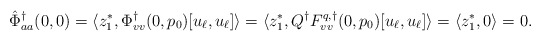
\begin{align*}\hat \Phi^\dagger_{aa}(0,0) &= \langle z_1^*, \Phi^\dagger_{vv}(0,p_0)[u_\ell,u_\ell]\rangle = \langle z_1^*, Q^\dagger F^{q,\dagger}_{vv}(0, p_0)[u_\ell,u_\ell]\rangle = \langle z_1^*, 0\rangle = 0.\end{align*}